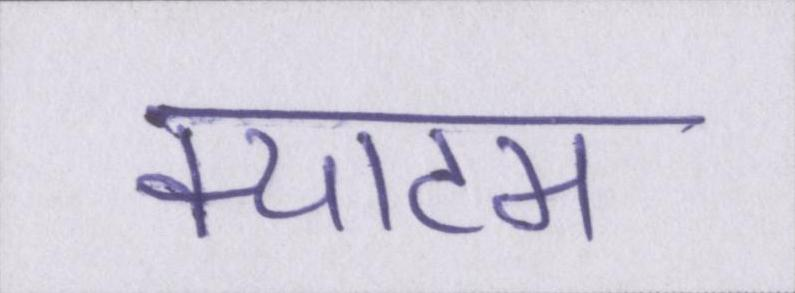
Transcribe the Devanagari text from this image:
क्याटम